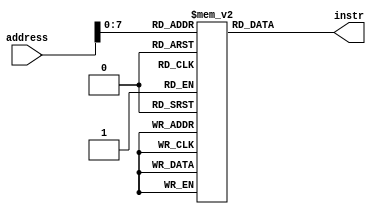
module InstructionMemory
#(parameter delay=50)
(address,instr);

input [63:0] address;
output [31:0] instr;
parameter Size = 256;
reg [31:0] InstructionMemory[0:Size-1];

integer j;
initial begin
	for (j=0; j<32; j=j+1)
		InstructionMemory[j] =0;
	InstructionMemory[0] = 32'h8B1F03E5;
	InstructionMemory[1] = 32'hF84000A4;
	InstructionMemory[2] = 32'h8B040086;
	InstructionMemory[3] = 32'hF80010A6;
end

assign instr = InstructionMemory[address];

endmodule